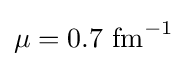
\mu =0.7~{\text{fm}}^{-1}